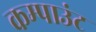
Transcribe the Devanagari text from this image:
कम्पाउंट